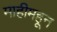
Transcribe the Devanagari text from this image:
माहीमहून